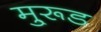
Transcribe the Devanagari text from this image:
मु्रूड